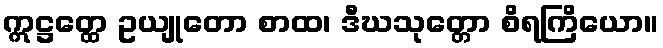
ဣဋ္ဌတ္ထေ ဥယျုတော စာထ၊ ဒီဃသုတ္တော စိရကြိယော။